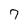
Character: 7